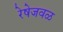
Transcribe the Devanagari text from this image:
रेषेजवळ